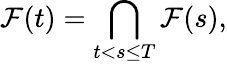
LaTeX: {\mathcal{F}}(t)=\bigcap_{t<s\leq T}{\mathcal{F}}(s),